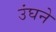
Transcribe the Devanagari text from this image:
उंघने